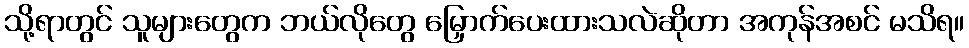
သို့ရာတွင် သူများတွေက ဘယ်လိုတွေ မြှောက်ပေးထားသလဲဆိုတာ အကုန်အစင် မသိရ။